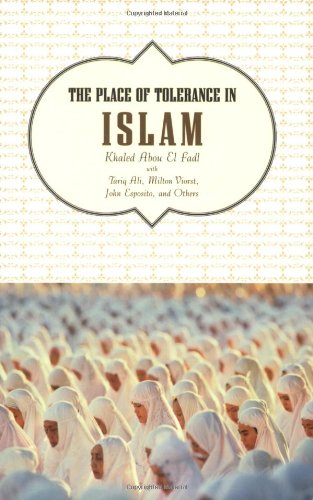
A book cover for The Place of Tolerance in Islam; Khaled Abou El Fadl; Religion & Spirituality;